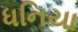
ધનિયા